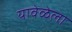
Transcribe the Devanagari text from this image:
यावेळेला